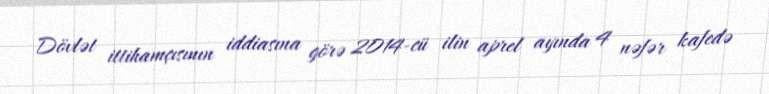
Dövlət ittihamçısının iddiasına görə 2014-cü ilin aprel ayında 4 nəfər kafedə